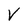
Character: V